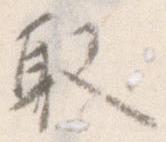
取